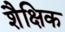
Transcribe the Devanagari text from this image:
शैक्षिक